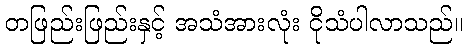
တဖြည်းဖြည်းနှင့် အသံအားလုံး ငိုသံပါလာသည်။